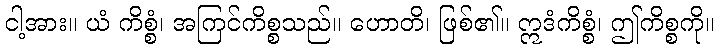
ငါ့အား။ ယံ ကိစ္စံ၊ အကြင်ကိစ္စသည်။ ဟောတိ၊ ဖြစ်၏။ ဣဒံကိစ္စံ၊ ဤကိစ္စကို။